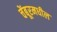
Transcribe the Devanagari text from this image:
चेंबूरमधील